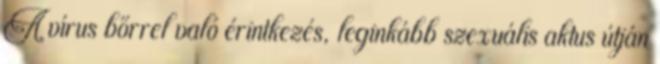
A vírus bőrrel való érintkezés, leginkább szexuális aktus útján